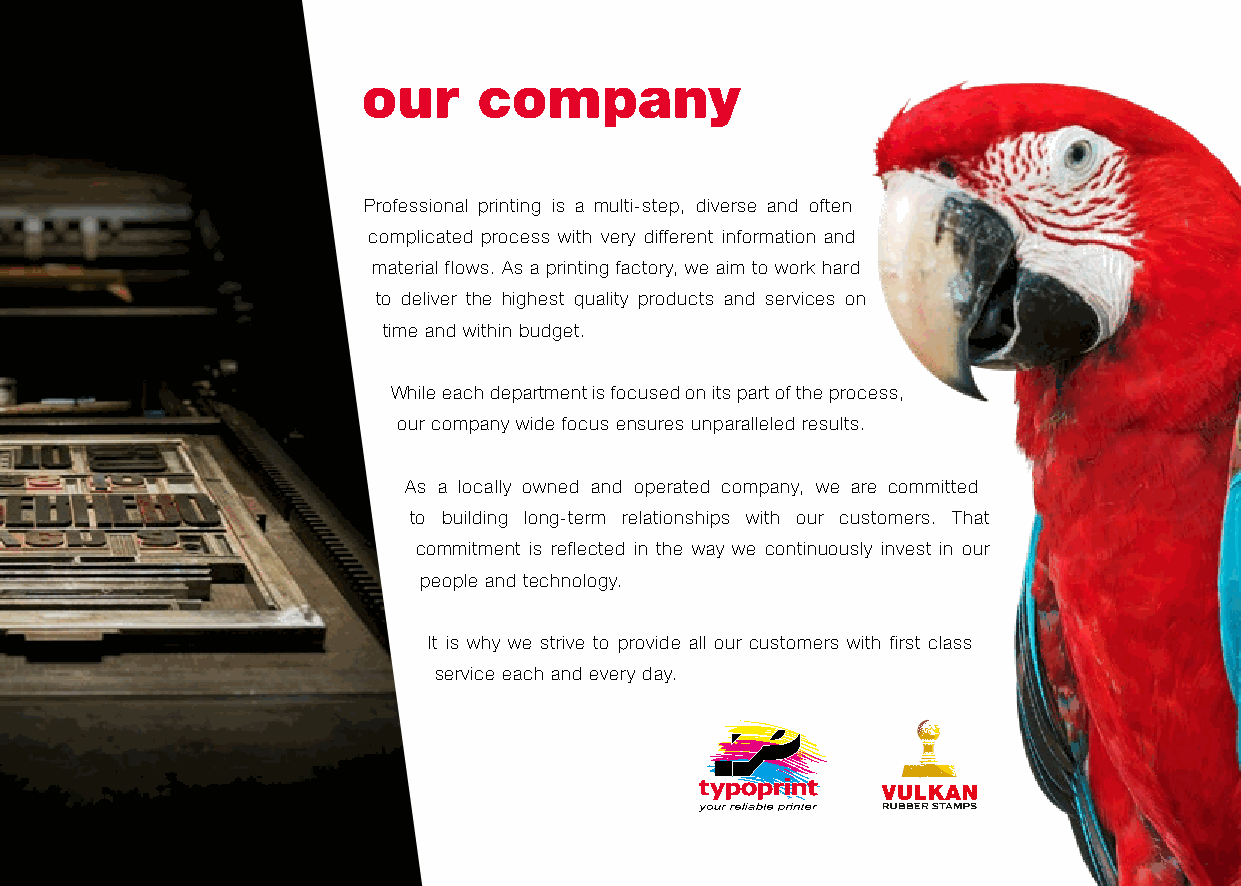
our     company
 Professional printing is a multi-step, diverse and often
 complicated process with very different information and
 material flows. As a printing factory, we aim to work hard
 to deliver the highest quality products and services on
 time and within budget.
 While each department is focused on its part of the process,
 our company wide focus ensures unparalleled results.
 As a locally owned and operated company, we are committed
 to building long-term relationships with our customers. That
 commitment is reflected in the way we continuously invest in our
 people and technology.
 It is why we strive to provide all our customers with first class
 service each and every day.